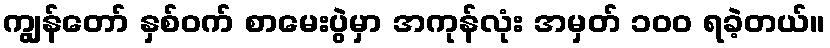
ကျွန်တော် နှစ်ဝက် စာမေးပွဲမှာ အကုန်လုံး အမှတ် ၁၀၀ ရခဲ့တယ်။